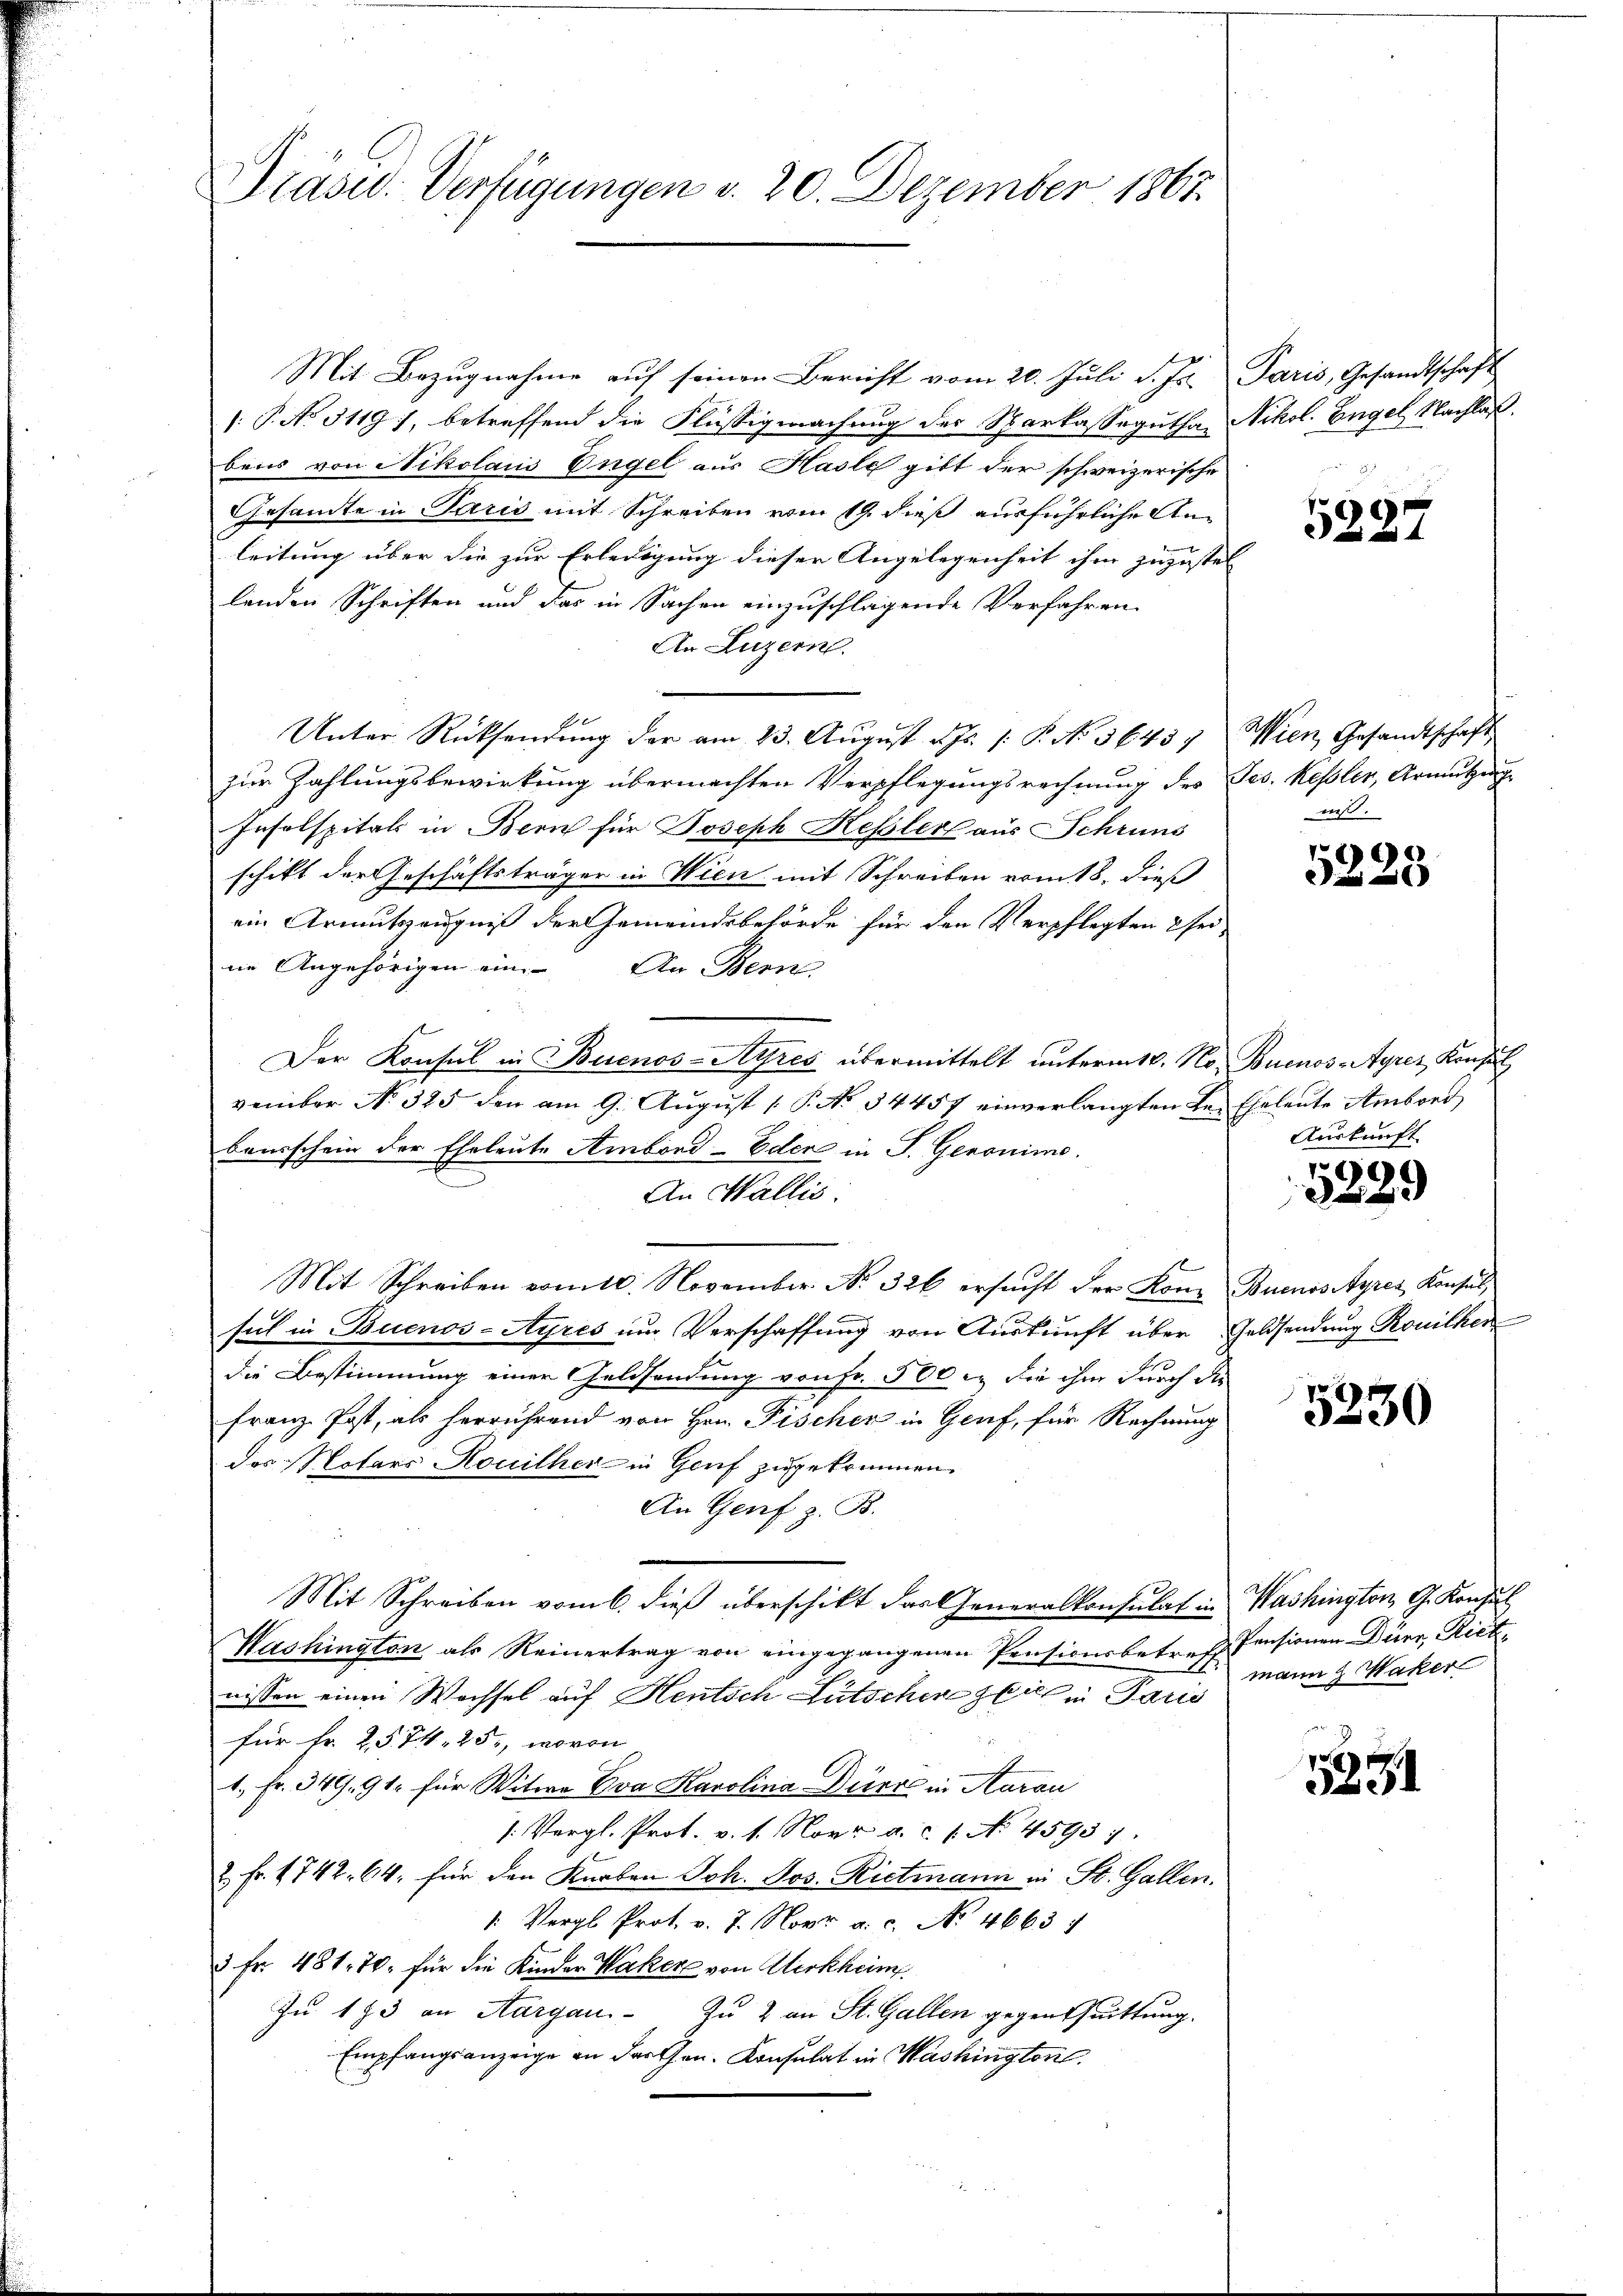
Prasur. Verfügungen d. 20. Dezember 1867.

Mit Bezugnahme auf seinen Bericht vom 20. Juli d. Js. Paris, Gesandtschaft
1: P. No. 3119), betreffend die Flüssigmachung des Sparkassegutha Nikol. Engel Nachlaß.
bens von Nikolaus Engel aus Hasle gibt der schweizerische
Gesandte in Paris mit Schreiben vom 19. dieß ausführliche Anleitung über die zur Erledigung dieser Angelegenheit ihm zuzustel
lenden Schriften und das in Sachen einzuschlagende Verfahren
An Luzern.
Unter Rücksendŭng der am 23. Aŭgust d. Js. /: P. No 3643) Wien Gesandtschaft
zur Zahlungsbewirkung übermachten Verpflegungsrechnung des Jes. Kessler, Armutzung
Inselspitals in Bern für Joseph Kessler aus Schruns
schikt der Geschäftsträger in Wien mit Schreiben vom 18. dieß
ein Armutszeugniß der Gemeindsbehörde für den Verpflegten & sei
ne Angehörigen ein. An Bern
Der Konsul in Buenos-Ayres übermittelt unterm 18. No. Buenos-Ayres Konsul
vember No. 325 den am 9. August [ P. No. 34457 einverlangten der Eheleute Ambord
bausschein der Eheleute Ambond-Eder in P. Genonimo.
An Wallis.
Mit Schreiben vom 10. November. No. 326 ersŭcht der Konz Buenos Ayres Konsul
sich in Buenos-Ayres um Verschaffung von Auskunft über Geldsendung Rouithen
die Bestimmung einer Geldsendung von Fr. 500 c. die ihm durch die
Franz Post, als herrührend von Hrn. Fischer in Genf, für Rechnung
das Notars Houither in Genf zugekommen.
An Genf z. B.
Mit Schreiben vom 6. dieß überschikt das Generalkonsulat in Washington G. Konsul
Washington als Reinertrag von eingegangenen Pensionsbetreff
nissen einen Wochsel auf Heutsch Lütschen Zeit in Paris
für Fr. 25. 74. 25, wovon
1. Fr. 349. 91 für Witwe Eva Karolina Dürr in Aarau
/: Vergl. Prot. v. 1. Nov. a. c. 1. No. 45937.
2 Fr. 1742. 64, für den Karben Joh. Jos. Rietmann in St. Gallen.
" Vergl. Prot. v. J. Nov. a. c. No 4663
3 Fr. 481. 70. für die Kinder Waker von Werkheim.
In 183 an Aargau zu 2 an St. Gallen gegentuittung.
Empfangsanzeige an der then. Konsulat in Washington.

5287

mis.

159

Auskunft

5229

5230

Pensionen Dürr, Rich
mann & Waker

5351